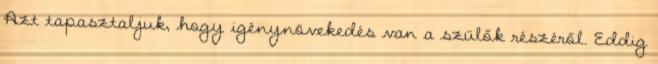
Azt tapasztaljuk, hogy igénynövekedés van a szülők részéről. Eddig